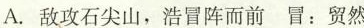
A.敌攻石尖山，浩冒阵而前 \underset{·}{冒}：贸然